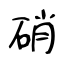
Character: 硝